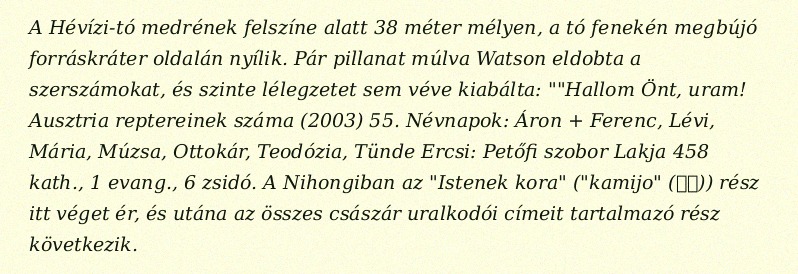
A Hévízi-tó medrének felszíne alatt 38 méter mélyen, a tó fenekén megbújó forráskráter oldalán nyílik. Pár pillanat múlva Watson eldobta a szerszámokat, és szinte lélegzetet sem véve kiabálta: ""Hallom Önt, uram! Ausztria reptereinek száma (2003) 55. Névnapok: Áron + Ferenc, Lévi, Mária, Múzsa, Ottokár, Teodózia, Tünde Ercsi: Petőfi szobor Lakja 458 kath., 1 evang., 6 zsidó. A Nihongiban az "Istenek kora" ("kamijo" (神代)) rész itt véget ér, és utána az összes császár uralkodói címeit tartalmazó rész következik.